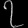
Digit: ၇